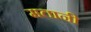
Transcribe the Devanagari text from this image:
मतानी